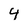
Character: 4